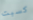
كسبت